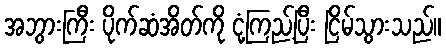
အဘွားကြီး ပိုက်ဆံအိတ်ကို ငုံ့ကြည့်ပြီး ငြိမ်သွားသည်။